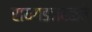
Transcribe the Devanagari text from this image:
रायगडजवळचे